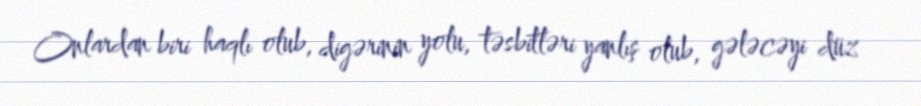
Onlardan biri haqlı olub, digərinin yolu, təsbitləri yanlış olub, gələcəyi düz